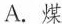
A.煤